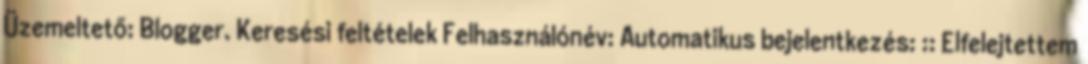
Üzemeltető: Blogger. Keresési feltételek Felhasználónév: Automatikus bejelentkezés: :: Elfelejtettem